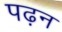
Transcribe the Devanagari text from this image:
पढ़न